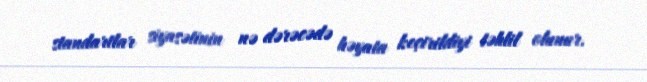
standartlar siyasətinin nə dərəcədə həyata keçirildiyi təhlil olunur.